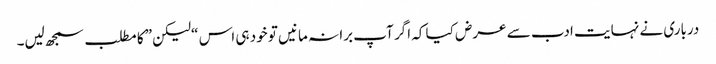
درباری نے نہایت ادب سے عرض کیا کہ اگر آپ برا نہ مانیں تو خود ہی اس “لیکن” کا مطلب سمجھ لیں۔